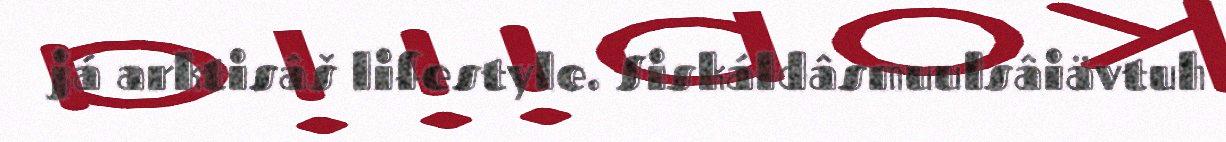
já arktisâš lifestyle. Siskáldâsmuulsâiävtuh